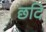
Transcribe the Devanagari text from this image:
छदि